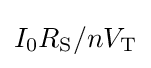
I_{0}R_{\text{S}}/nV_{\text{T}}